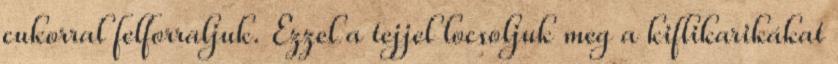
cukorral felforraljuk. Ezzel a tejjel locsoljuk meg a kiflikarikákat